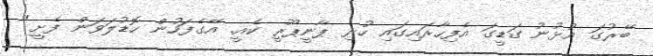
ބޭރުގަ އުޅުނު ގަޑީގަ އެފިހާރައިގައި ހުރި ޕާނީޕޫރީ ކެއީ. އޭގެފަހުން ހޮޑުލަވަން ފެށީ"